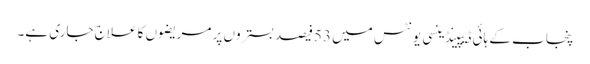
پنجاب کے ہائی ڈیپینڈینسی یونٹس میں 53فیصد بستروں پر مریضوں کا علاج جاری ہے۔